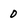
Character: 0